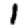
Digit: 1